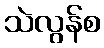
သဲလွန်စ